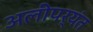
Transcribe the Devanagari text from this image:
अलीपर्यंत